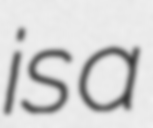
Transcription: is a